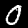
Digit: 0